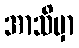
အာသိမှာ